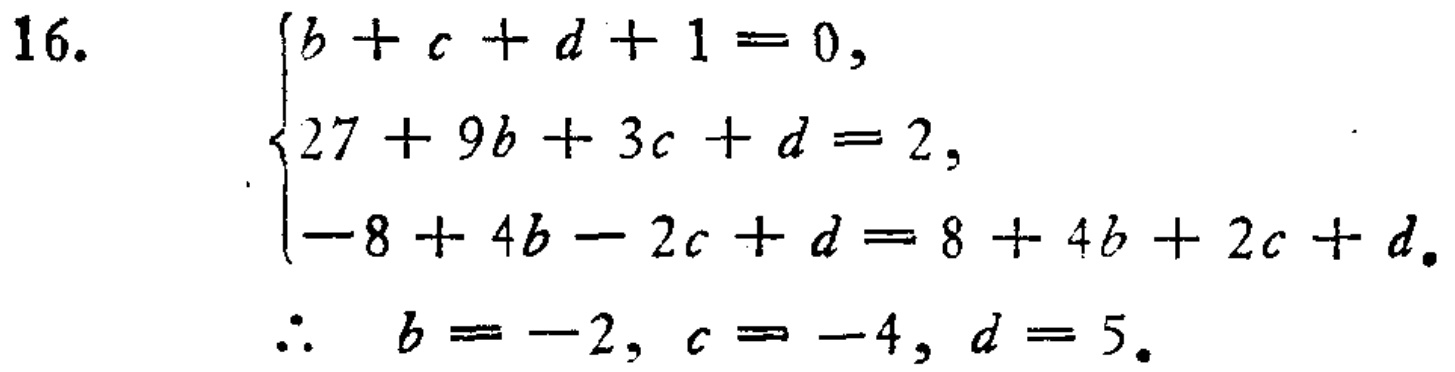
16.

\[

\begin{cases}

b + c + d + 1 = 0, \\

27 + 9b + 3c + d = 2, \\

-8 + 4b - 2c + d = 8 + 4b + 2c + d.

\end{cases}

\]

\(\therefore\) \(b = -2,\ c = -4,\ d = 5\).